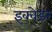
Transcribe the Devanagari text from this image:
इक्वेडर